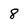
Character: 8